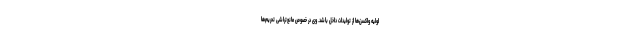
اولیه واکسن‌ها از تولیدات داخل باشد. وی در خصوص مانع‌تراشی‌ تحریم‌ها